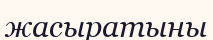
жасыратыны